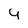
Character: 4